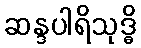
ဆန္ဒပါရိသုဒ္ဓိ